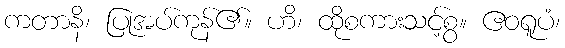
ကတာနိ၊ ပြုအပ်ကုန်၏။ ဟိ၊ ထိုစကားသင့်စွ။ ဧဝရူပံ၊